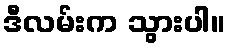
ဒီလမ်းက သွားပါ။